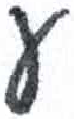
אות: ע